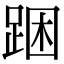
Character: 𨁉